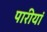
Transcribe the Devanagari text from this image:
पारीयां